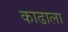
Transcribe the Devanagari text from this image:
काढाला